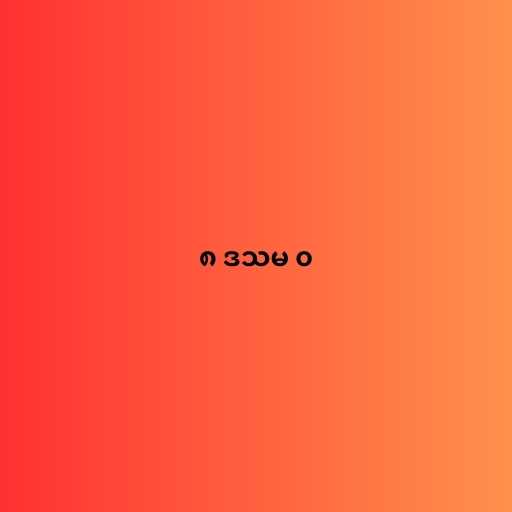
၈ ဒသမ ၀